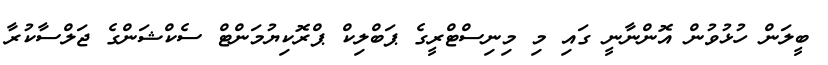
ބީލަން ހުޅުވުން އޮންނާނީ ގައި މި މިނިސްޓްރީގެ ޕަބްލިކް ޕްރޮކިޔުމަންޓް ސެކްޝަންގެ ޖަލްސާކުރާ